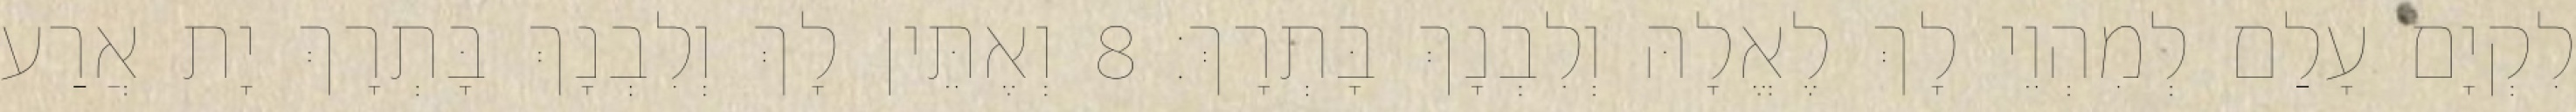
לִקְיָם עָלַם לְמִהְוֵי לָךְ לֶאֱלָהּ וְלִבְנָךְ בָּתְרָךְ׃ 8 וְאֶתֵּין לָךְ וְלִבְנָךְ בָּתְרָךְ יָת אֲרַע